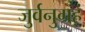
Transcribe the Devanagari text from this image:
जुर्वनुग्रहं